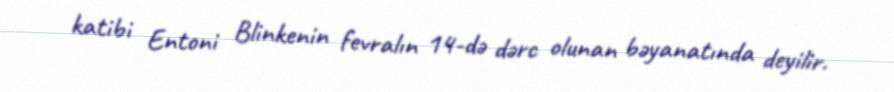
katibi Entoni Blinkenin fevralın 14-də dərc olunan bəyanatında deyilir.